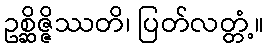
ဥစ္ဆိဇ္ဇိဿတိ၊ ပြတ်လတ္တံ့။